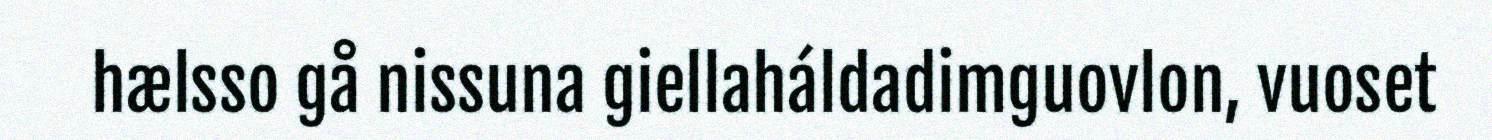
hælsso gå nissuna giellaháldadimguovlon, vuoset